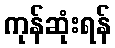
ကုန်ဆုံးရန်